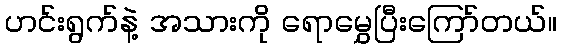
ဟင်းရွက်နဲ့ အသားကို ရောမွှေပြီးကြော်တယ်။